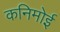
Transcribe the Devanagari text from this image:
कनिमोई